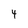
Character: 4